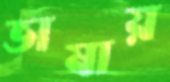
ভাষায়